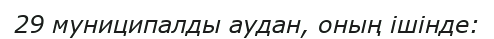
29 муниципалды аудан, оның ішінде: